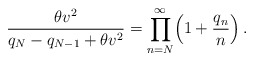
\begin{align*}\displaystyle{\frac{\theta v^{2}}{q_{N}-q_{N-1}+\theta v^{2}}=\prod_{n=N}^{\infty}\Bigl(1+\frac{q_{n}}{n}\Bigr)}\,.\end{align*}